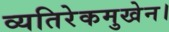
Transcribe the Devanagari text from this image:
व्यतिरेकमुखेन।